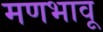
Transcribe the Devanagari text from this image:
मणभावू